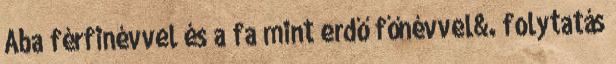
Aba férfinévvel és a fa mint erdő főnévvel&. folytatás